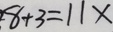
8 + 3 = 1 1 \times